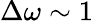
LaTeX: \Delta\omega\sim 1